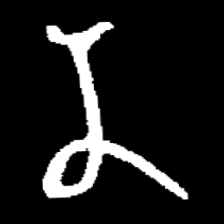
Pyu character \u2014 Myanmar letter: န (romanized: na)